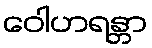
ဝေါဟရန္တာ